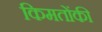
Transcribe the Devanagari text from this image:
किमतोंकी